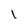
Character: l